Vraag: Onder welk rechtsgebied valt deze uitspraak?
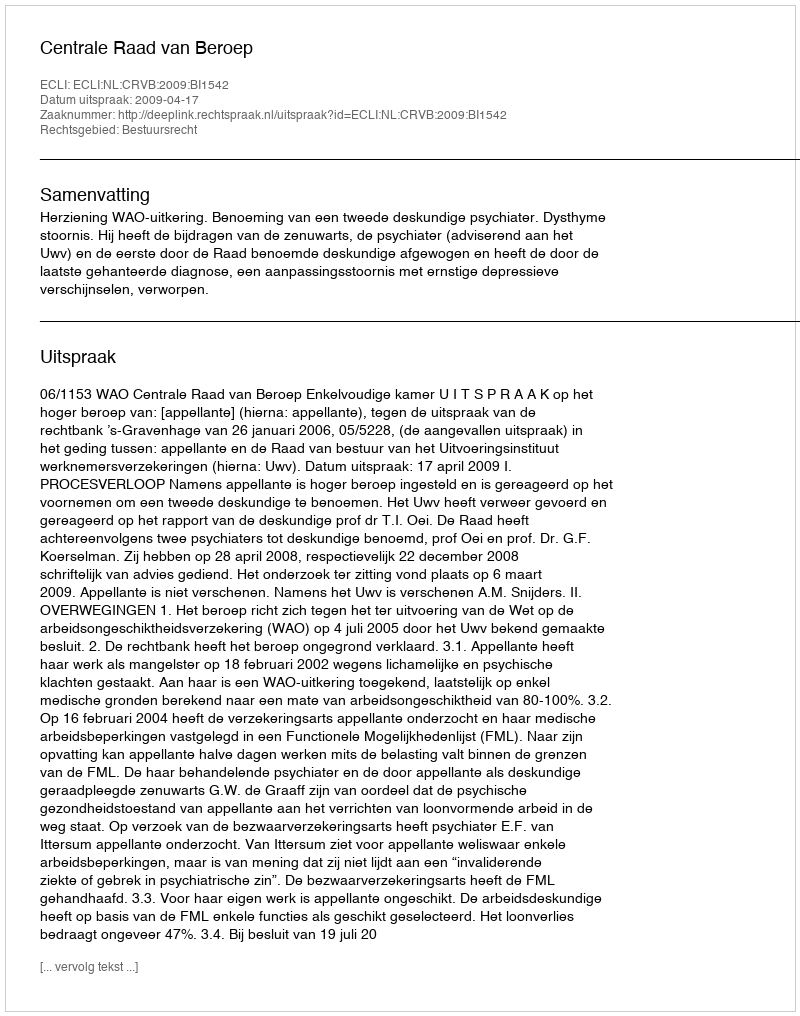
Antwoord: Bestuursrecht